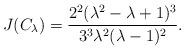
LaTeX: \begin{align*} J( C_{\lambda} ) = \frac{2^2 (\lambda^2 - \lambda + 1)^3}{3^3 \lambda^2 (\lambda - 1)^2} .\end{align*}